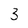
Character: 3